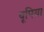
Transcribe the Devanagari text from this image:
यूपिया